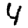
Digit: 4